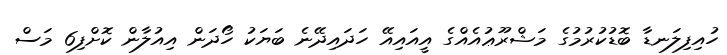
ހުއިފިލަނޑާ ބޮޑުކުރުމުގެ މަޝްރޫޢުއެއްގެ އީއައިއޭ ހަދައިދޭނެ ބަޔަކު ހޯދަން އިއުލާން ކޮށްފި6 މަސް